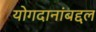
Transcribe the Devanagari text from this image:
योगदानांबद्दल